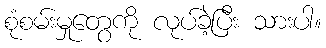
စုံစမ်းမှုတွေကို လုပ်ခဲ့ပြီး သားပါ။